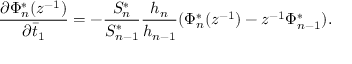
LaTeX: \frac { \partial \Phi _ { n } ^ { * } ( z ^ { - 1 } ) } { \partial \bar { t } _ { 1 } } = - \frac { S _ { n } ^ { * } } { S _ { n - 1 } ^ { * } } \frac { h _ { n } } { h _ { n - 1 } } ( \Phi _ { n } ^ { * } ( z ^ { - 1 } ) - z ^ { - 1 } \Phi _ { n - 1 } ^ { * } ) .